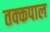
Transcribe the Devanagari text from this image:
तक्कपाल